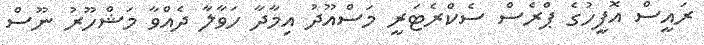
ރައީސް އޮފީހުގެ ޕްރެސް ސެކްރެޓަރީ މަސްއޫދު އިމާދާ ހަވާލާ ދެއްވާ މަޝްހޫރު ނޫސް